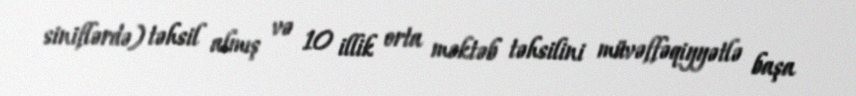
siniflərdə) təhsil almış və 10 illik orta məktəb təhsilini müvəffəqiyyətlə başa